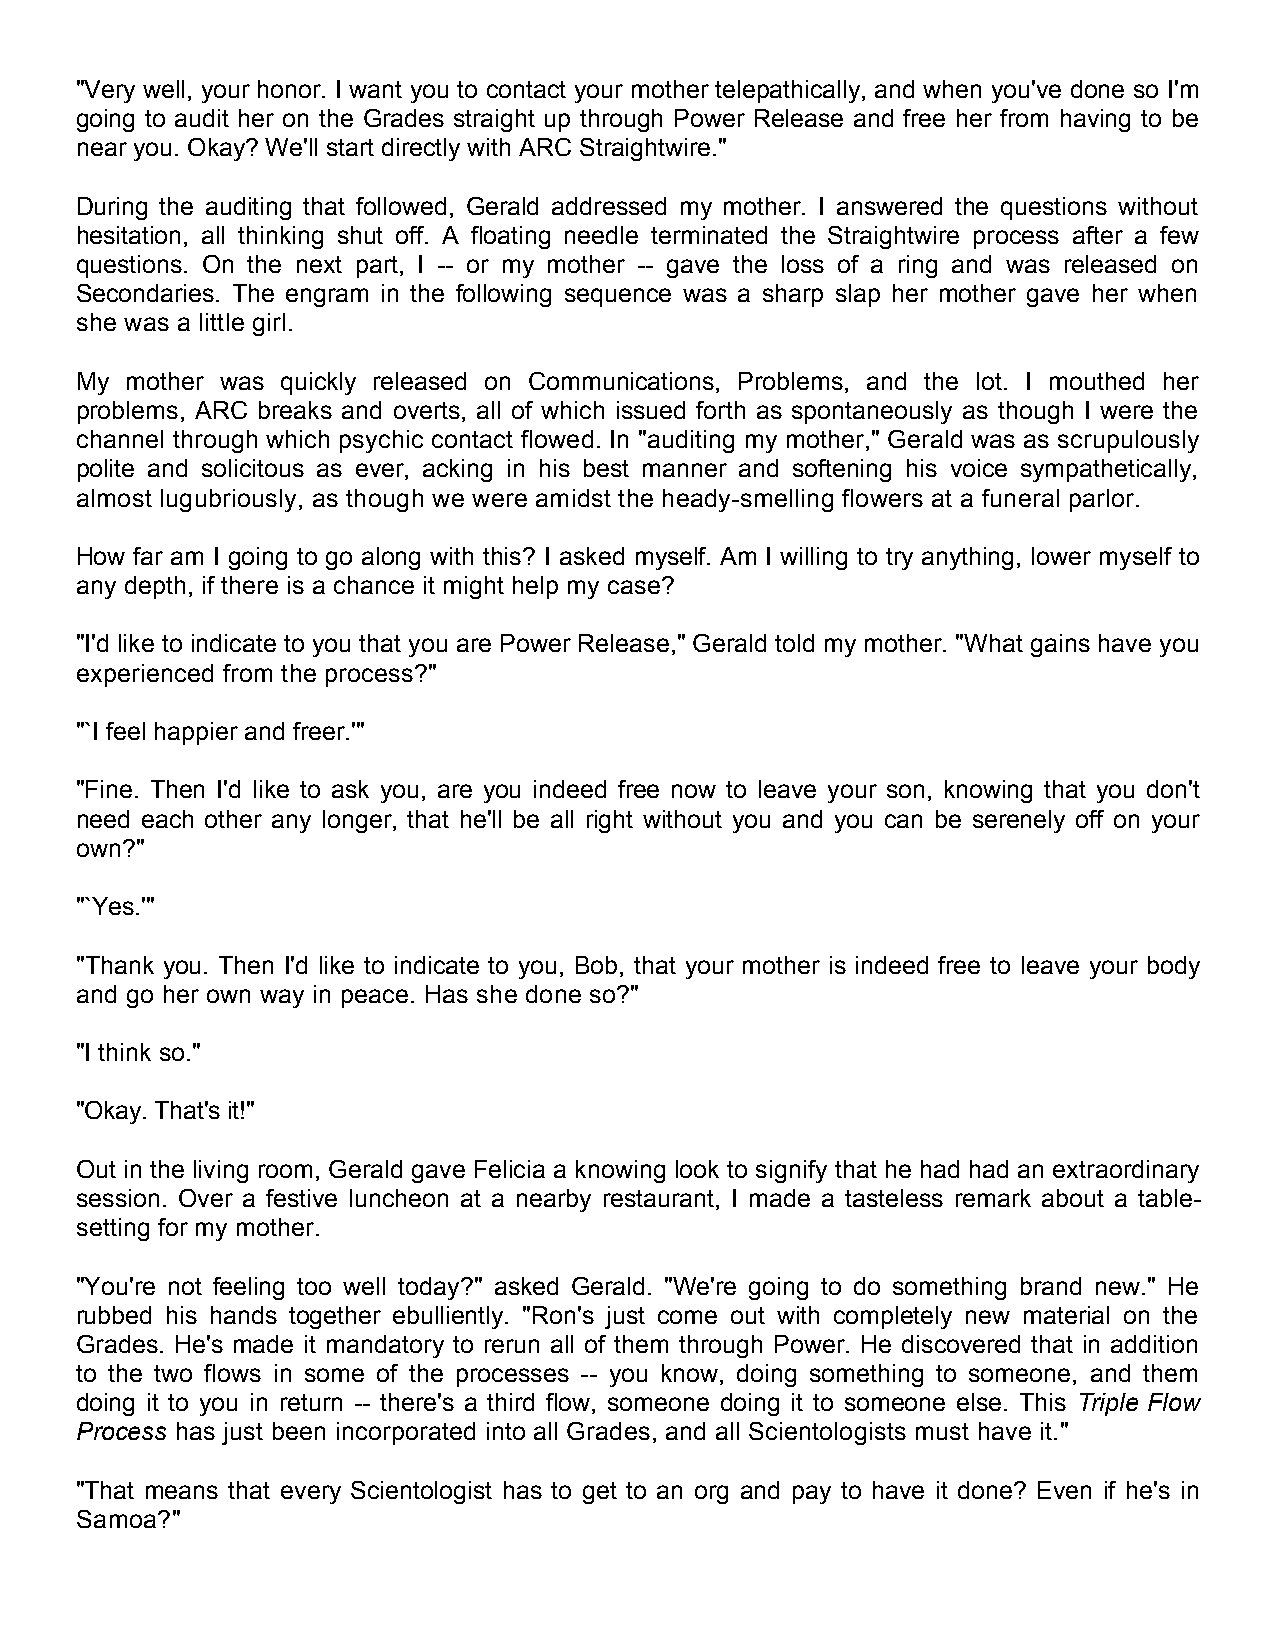
"Very well, your honor. I want you to contact your mother telepathically, and when you've done so I'm
 going to audit her on the Grades straight up through Power Release and free her from having to be
 near you. Okay? We'll start directly with ARC Straightwire."
 During the auditing that followed, Gerald addressed my mother. I answered the questions without
 hesitation, all thinking shut off. A floating needle terminated the Straightwire process after a few
 questions. On the next part, I -- or my mother -- gave the loss of a ring and was released on
 Secondaries. The engram in the following sequence was a sharp slap her mother gave her when
 she was a little girl.
 My mother was quickly released on Communications, Problems, and the lot. I mouthed her
 problems, ARC breaks and overts, all of which issued forth as spontaneously as though I were the
 channel through which psychic contact flowed. In "auditing my mother," Gerald was as scrupulously
 polite and solicitous as ever, acking in his best manner and softening his voice sympathetically,
 almost lugubriously, as though we were amidst the heady-smelling flowers at a funeral parlor.
 How far am I going to go along with this? I asked myself. Am I willing to try anything, lower myself to
 any depth, if there is a chance it might help my case?
 "I'd like to indicate to you that you are Power Release," Gerald told my mother. "What gains have you
 experienced from the process?"
 "`I feel happier and freer.'"
 "Fine. Then I'd like to ask you, are you indeed free now to leave your son, knowing that you don't
 need each other any longer, that he'll be all right without you and you can be serenely off on your
 own?"
 "`Yes.'"
 "Thank you. Then I'd like to indicate to you, Bob, that your mother is indeed free to leave your body
 and go her own way in peace. Has she done so?"
 "I think so."
 "Okay. That's it!"
 Out in the living room, Gerald gave Felicia a knowing look to signify that he had had an extraordinary
 session. Over a festive luncheon at a nearby restaurant, I made a tasteless remark about a table-
 setting for my mother.
 "You're not feeling too well today?" asked Gerald. "We're going to do something brand new." He
 rubbed his hands together ebulliently. "Ron's just come out with completely new material on the
 Grades. He's made it mandatory to rerun all of them through Power. He discovered that in addition
 to the two flows in some of the processes -- you know, doing something to someone, and them
 doing it to you in return -- there's a third flow, someone doing it to someone else. This Triple Flow
 Process has just been incorporated into all Grades, and all Scientologists must have it."
 "That means that every Scientologist has to get to an org and pay to have it done? Even if he's in
 Samoa?"